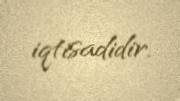
iqtisadidir.